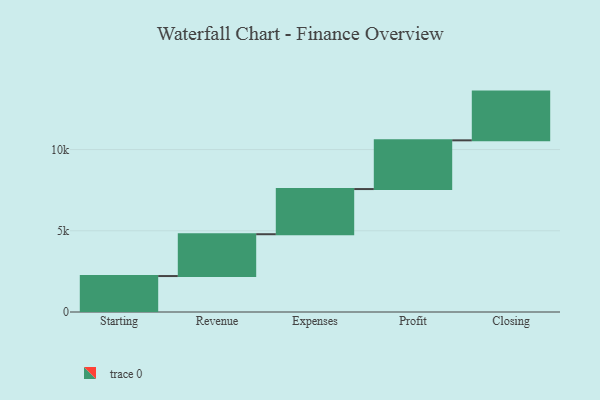
{"axis": {"x": "Step", "y": "Value"}, "legend": [""], "data": [{"x": "Starting", "y": 2214.0, "type": ""}, {"x": "Revenue", "y": 2574.0, "type": ""}, {"x": "Expenses", "y": 2780.0, "type": ""}, {"x": "Profit", "y": 3000, "type": ""}, {"x": "Closing", "y": 3000, "type": ""}]}